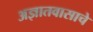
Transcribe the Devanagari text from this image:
अज्ञातवासाचे